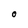
Character: O